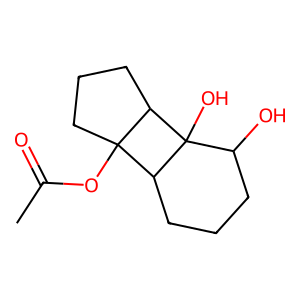
SMILES: CC(=O)OC12CCCC1C1(O)C(O)CCCC21
Inhibits HIV replication: No